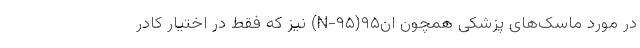
در مورد ماسک‌های پزشکی همچون ان۹۵(N-۹۵) نیز که فقط در اختیار کادر